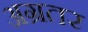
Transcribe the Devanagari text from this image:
अग्रतर